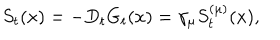
LaTeX: S _ { t } ( x ) = - D _ { t } G _ { t } ( x ) = \gamma _ { \mu } S _ { t } ^ { ( \mu ) } ( x ) ,